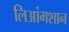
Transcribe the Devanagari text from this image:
लिआंगशान